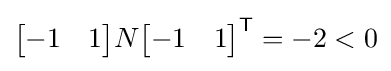
{\begin{bmatrix}-1&1\end{bmatrix}}N{\begin{bmatrix}-1&1\end{bmatrix}}^{\mathsf {T}}=-2<0